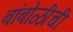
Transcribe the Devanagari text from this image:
बांबोळीची